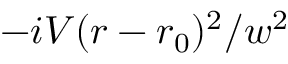
- i V ( r - r _ { 0 } ) ^ { 2 } / w ^ { 2 }